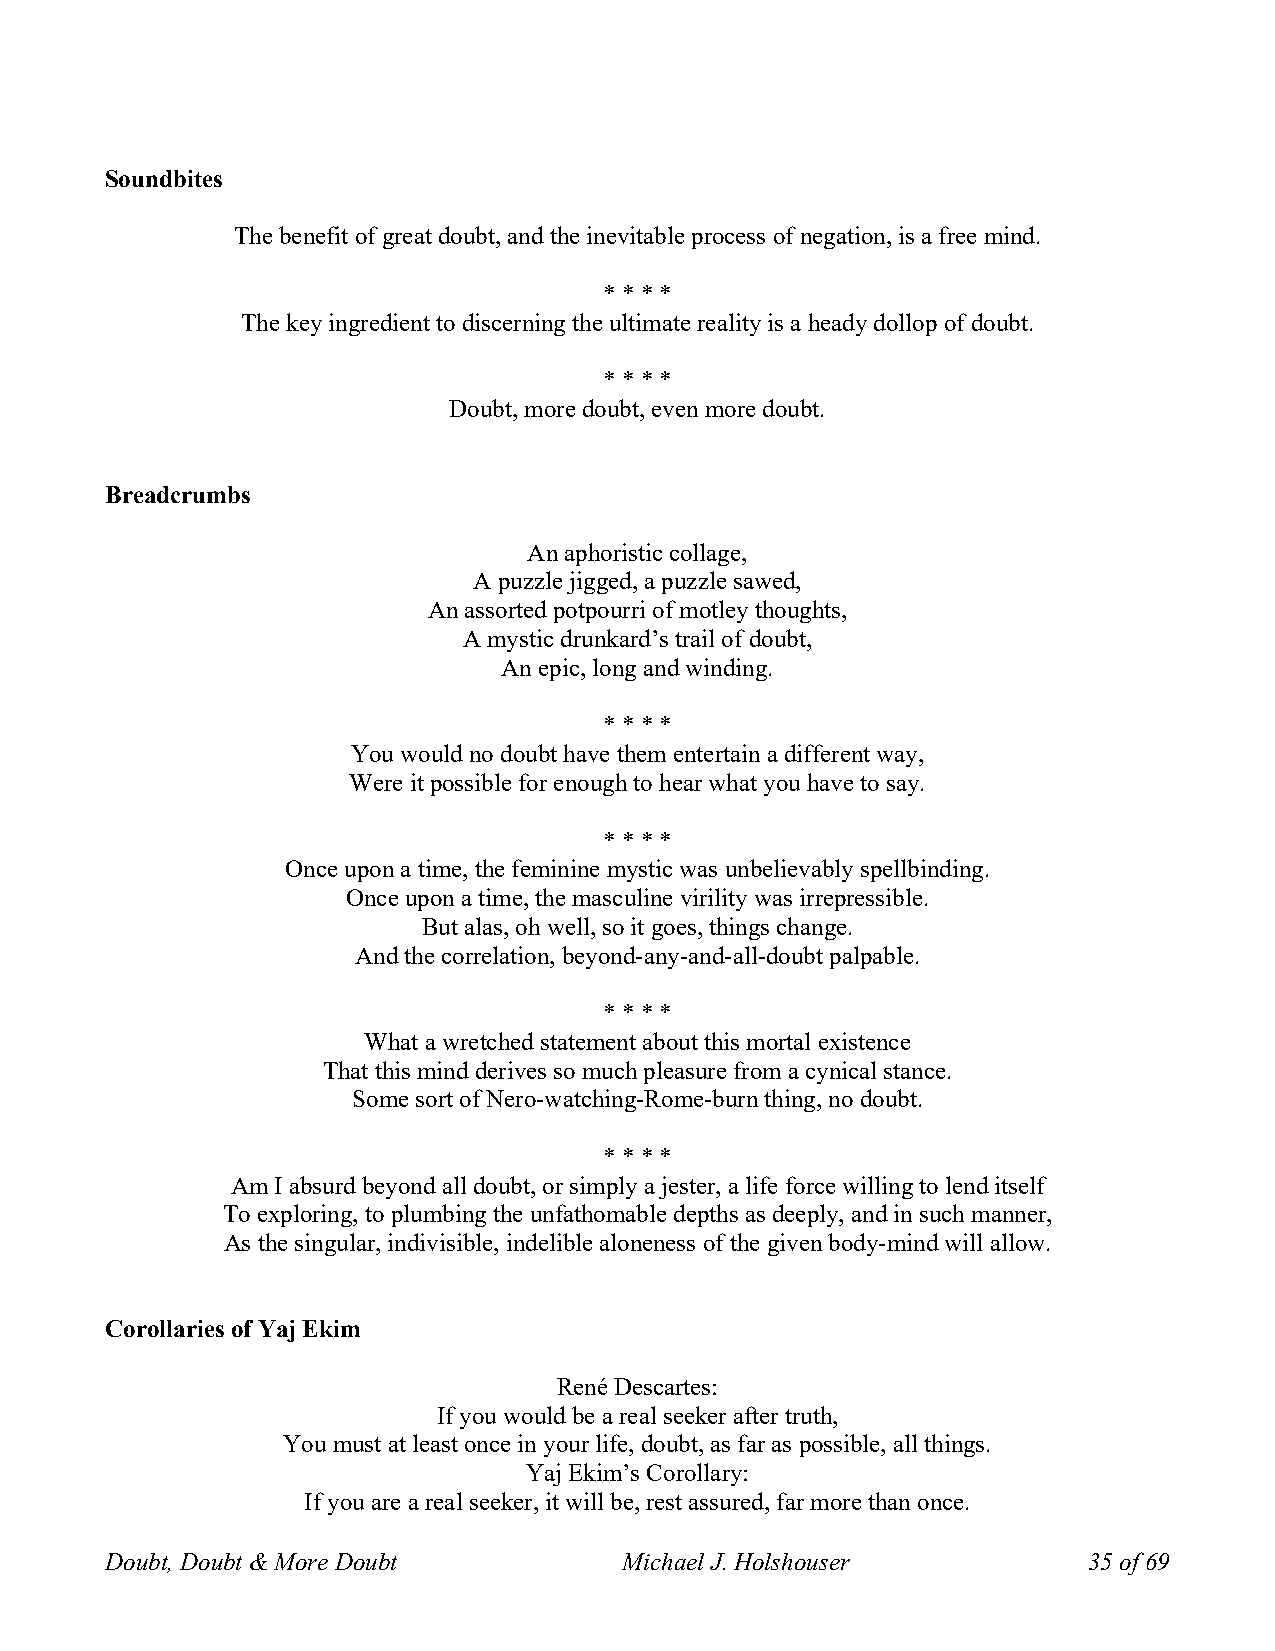
Soundbites
 The benefit of great doubt, and the inevitable process of negation, is a free mind.
 * * * *
 The key ingredient to discerning the ultimate reality is a heady dollop of doubt.
 * * * *
 Doubt, more doubt, even more doubt.
 Breadcrumbs
 An aphoristic collage,
 A puzzle jigged, a puzzle sawed,
 An assorted potpourri of motley thoughts,
 A mystic drunkard’s trail of doubt,
 An epic, long and winding.
 * * * *
 You would no doubt have them entertain a different way,
 Were it possible for enough to hear what you have to say.
 * * * *
 Once upon a time, the feminine mystic was unbelievably spellbinding.
 Once upon a time, the masculine virility was irrepressible.
 But alas, oh well, so it goes, things change.
 And the correlation, beyond-any-and-all-doubt palpable.
 * * * *
 What a wretched statement about this mortal existence
 That this mind derives so much pleasure from a cynical stance.
 Some sort of Nero-watching-Rome-burn thing, no doubt.
 * * * *
 Am I absurd beyond all doubt, or simply a jester, a life force willing to lend itself
 To exploring, to plumbing the unfathomable depths as deeply, and in such manner,
 As the singular, indivisible, indelible aloneness of the given body-mind will allow.
 Corollaries of Yaj Ekim
 René Descartes:
 If you would be a real seeker after truth,
 You must at least once in your life, doubt, as far as possible, all things.
 Yaj Ekim’s Corollary:
 If you are a real seeker, it will be, rest assured, far more than once.
 Doubt, Doubt & More Doubt         Michael J. Holshouser          35 of 69